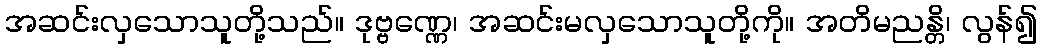
အဆင်းလှသောသူတို့သည်။ ဒုဗ္ဗဏ္ဏေ၊ အဆင်းမလှသောသူတို့ကို။ အတိမညန္တိ၊ လွန်၍